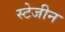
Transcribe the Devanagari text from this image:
स्टेजीन